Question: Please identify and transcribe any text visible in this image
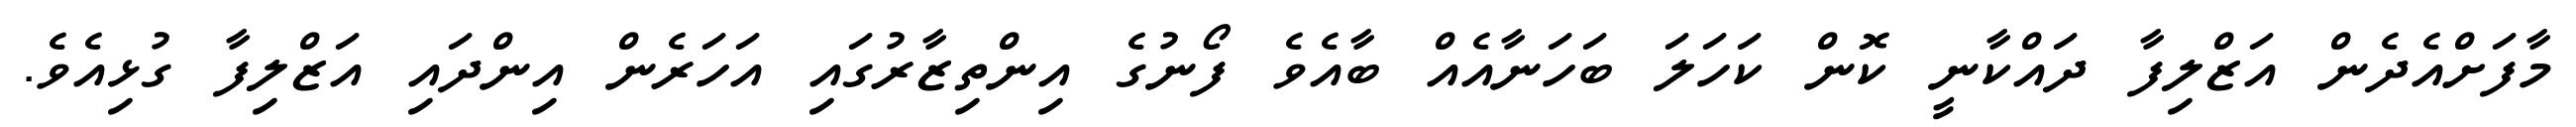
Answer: މާފަށްއެދެން އަޒްލިފާ ދައްކާނީ ކޮން ކަހަލަ ބަހަނާއެއް ބާއެވެ ފޯނުގެ އިންތިޒާރުގައި އަހަރެން އިންދައި އަޒްލިފާ ގުޅިއެވެ.